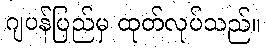
ဂျပန်ပြည်မှ ထုတ်လုပ်သည်။